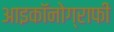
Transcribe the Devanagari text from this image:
आइकॉनोग्राफी